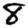
Digit: 8